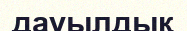
дауылдық